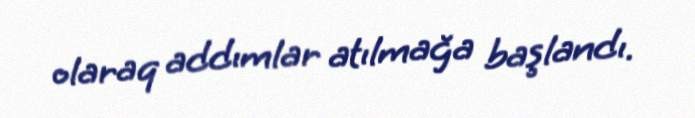
olaraq addımlar atılmağa başlandı.